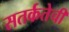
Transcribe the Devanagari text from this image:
सतर्कतेची